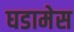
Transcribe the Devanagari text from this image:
घडामेस